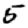
Digit: 5